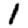
Digit: 1